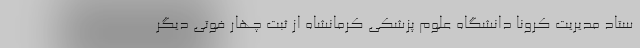
ستاد مدیریت کرونا دانشگاه علوم پزشکی کرمانشاه از ثبت چهار فوتی دیگر